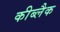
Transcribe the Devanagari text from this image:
कीब्लैक